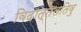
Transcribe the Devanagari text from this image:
विदात्तलतिवु